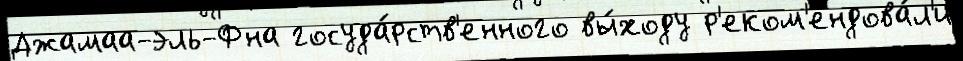
Джамаа-эль-Фна госуда́рств'енного вы́ходу р'еком'ендова́л'и